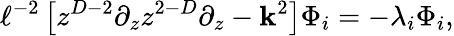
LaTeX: \ell^{-2}\left[z^{D-2}\partial_{z}z^{2-D}\partial_{z}-\mathbf{k}^{2}\right]\Phi_{i}=-\lambda_{i}\Phi_{i},